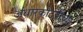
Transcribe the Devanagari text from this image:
अंधारकोठडींच्या